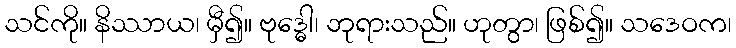
သင်ကို။ နိဿာယ၊ မှီ၍။ ဗုဒ္ဓေါ၊ ဘုရားသည်။ ဟုတွာ၊ ဖြစ်၍။ သဒေဝက၊